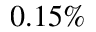
0 . 1 5 \%